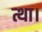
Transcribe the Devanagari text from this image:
त्था।